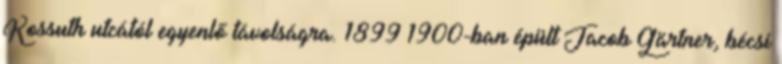
Kossuth utcától egyenlő távolságra. 1899–1900-ban épült Jacob Gärtner, bécsi